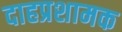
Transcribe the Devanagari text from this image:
दाहप्रशामक